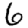
Digit: 6